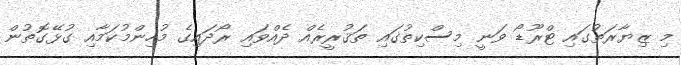
މި ޒިޔާރަތުގައި ޓްރޫޑޯ ވަނީ މިސްކިތުގައި ތަޤުރީރެއް ދެއްވައި ރޯދައިގެ މުހިންމުކަމާއި ގުޅޭގޮތުން